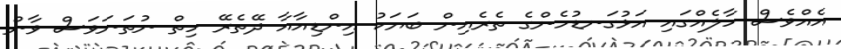
އެއްވެސް ހާލެއްގައި އަޅުގަނޑުމެންގެ ތެރެއިން ބަޔަކު އިންޑިއާއާ ދޭތެރޭ ހިތް ނުތަނަވަސް ވާން